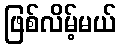
ဖြစ်လိမ့်မယ်